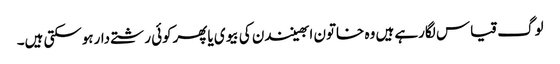
لوگ قیاس لگارہے ہیں وہ خاتون ابھینندن کی بیوی یاپھرکوئی رشتے دارہوسکتی ہیں۔